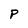
Character: P